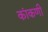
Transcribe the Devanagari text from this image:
कांकणी